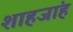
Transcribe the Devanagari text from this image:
शाहजांह